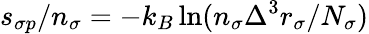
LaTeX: s_{\sigma p}/n_{\sigma}=-k_{B}\ln(n_{\sigma}\Delta^{3}r_{\sigma}/N_{\sigma})